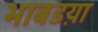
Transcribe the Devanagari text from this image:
भाबडय़ा